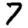
Digit: 7